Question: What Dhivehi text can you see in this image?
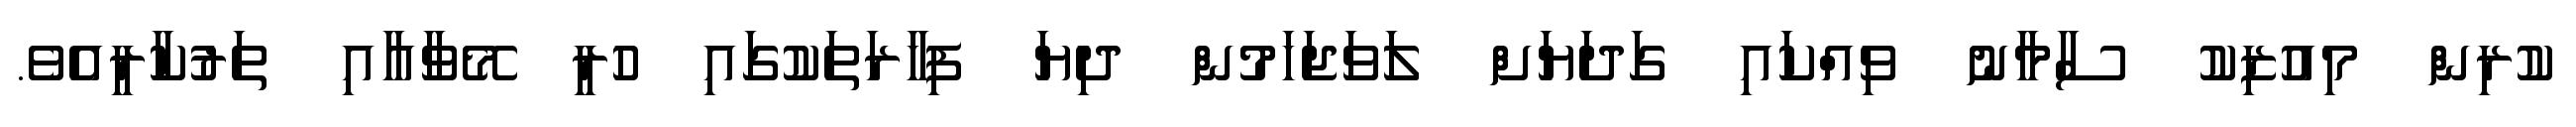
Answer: ކުރިން މިއުޒިކު ސާމާނު ވިއްކައި ގަދަޔަށް ލަވަޖަހަމުން ދިޔަ ފިހާރަތަކުގައި ހުރީ މޭވާއާއި ތަރުކާރީއެވެ.